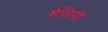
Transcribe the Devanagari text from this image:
मेडिमी